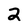
Character: 2